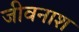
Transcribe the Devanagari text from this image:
जीवनाश